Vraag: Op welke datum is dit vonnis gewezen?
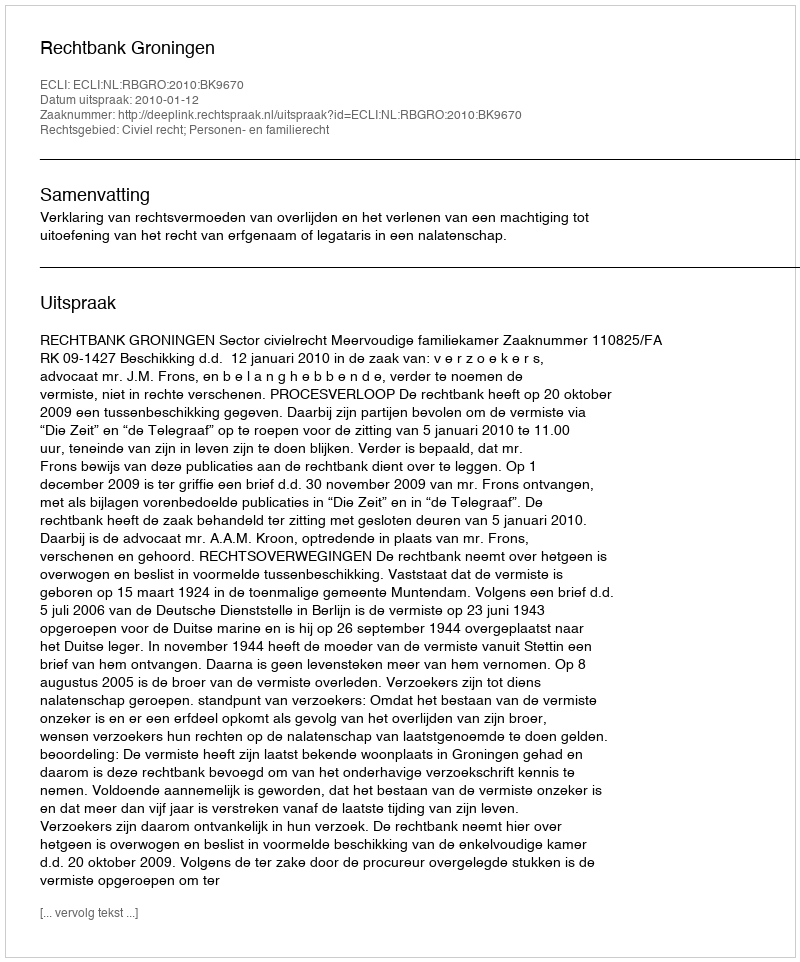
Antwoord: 2010-01-12